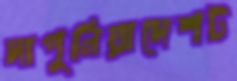
দাপুনিয়াদেশট